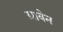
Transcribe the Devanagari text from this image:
ग्राबेन